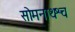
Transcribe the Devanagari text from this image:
सोमनाथश्च